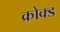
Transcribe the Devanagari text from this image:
क्रोक्ड